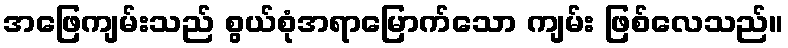
အဖြေကျမ်းသည် စွယ်စုံအရာမြောက်သော ကျမ်း ဖြစ်လေသည်။